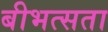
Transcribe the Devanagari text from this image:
बीभत्सता